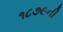
૧૮૭૯ની